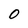
Character: 0